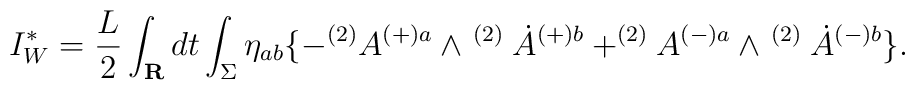
I^{\ast}_{W}=\frac{L}{2}\int_{\bf R}dt\int_{\Sigma}\eta_{ab}\{-^{(2)}A^{(+)a}\wedge^{\mbox{ }(2)}\dot{A}^{(+)b}+^{(2)}A^{(-)a}\wedge^{\mbox{ }(2)}\dot{A}^{(-)b}\}.